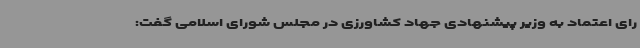
رای اعتماد به وزیر پیشنهادی جهاد کشاورزی در مجلس شورای اسلامی گفت: